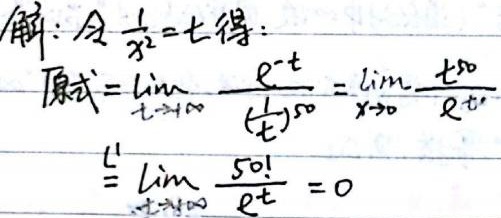
解：令 \(\frac{1}{x^{2}} = t\) 得：
\[
\begin{align*}
原式&=\lim_{t \to +\infty} \frac{e^{-t}}{(\frac{1}{t})^{50}}=\lim_{x \to 0} \frac{t^{50}}{e^{t}}\\
&\overset{L'}{=}\lim_{t \to +\infty} \frac{50!}{e^{t}} = 0
\end{align*}
\]